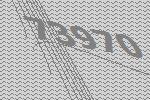
73970